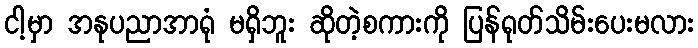
ငါ့မှာ အနုပညာအာရုံ မရှိဘူး ဆိုတဲ့စကားကို ပြန်ရုတ်သိမ်းပေးမလား